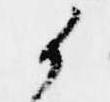
候